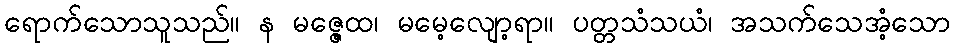
ရောက်သောသူသည်။ န မဇ္ဇေထ၊ မမေ့လျော့ရာ။ ပတ္တသံသယံ၊ အသက်သေအံ့သော